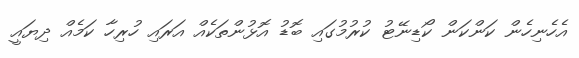
އެހެނިހެން ކަންކަން ކޯޑިނޭޓު ކުރުމުގައި ބޮޑު އޮޅުންތަކެއް އަރައި ހުރިހާ ކަމެއް ދިޔައީ